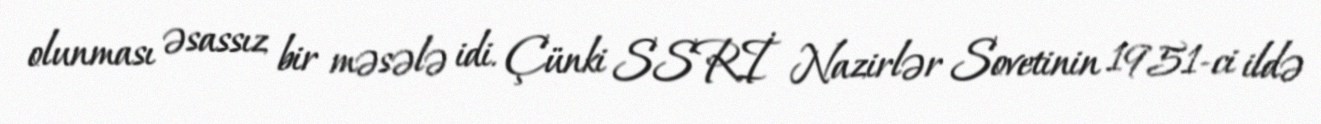
olunması əsassız bir məsələ idi. Çünki SSRİ Nazirlər Sovetinin 1951-ci ildə